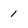
Character: 1